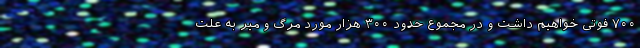
۷۰۰ فوتی خواهیم داشت و در مجموع حدود ۳۰۰ هزار مورد مرگ و میر به علت